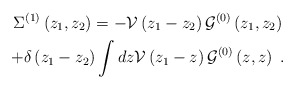
\begin{gather*}\Sigma ^{\left( 1\right) }\left( {z_{1}},{z_{2}}\right) =-\mathcal{V}\left(z_{1}-z_{2}\right) {{\mathcal{G}}^{\left( 0\right) }}\left( {z_{1}},{z_{2}}\right) \\+\delta \left( z_{1}-z_{2}\right) \int dz\mathcal{V}\left( z_{1}-z\right) {{\mathcal{G}}^{\left( 0\right) }}\left( {z},{z}\right) \;.\end{gather*}